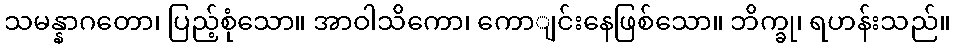
သမန္နာဂတော၊ ပြည့်စုံသော။ အာဝါသိကော၊ ကောျင်းနေဖြစ်သော။ ဘိက္ခု၊ ရဟန်းသည်။